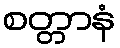
စတ္တာနံ